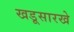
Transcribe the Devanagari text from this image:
खडूसारखे